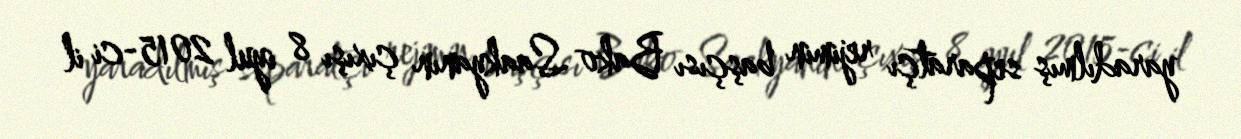
yaradılmış separatçı rejimin başçısı Bako Saakyanın çıxışı 8 iyul 2015-ci il